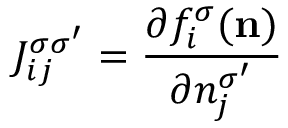
{ \displaystyle J _ { i j } ^ { \sigma \sigma ^ { \prime } } = \frac { \partial f _ { i } ^ { \sigma } ( { \bf n } ) } { \partial n _ { j } ^ { \sigma ^ { \prime } } } }